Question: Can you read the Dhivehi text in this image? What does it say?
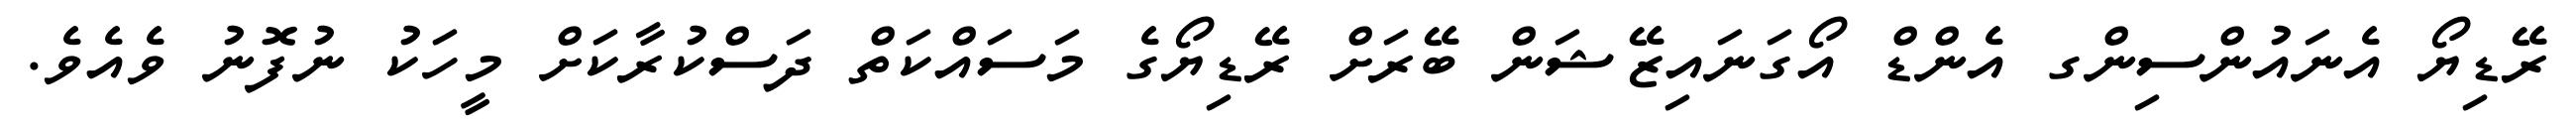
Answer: ރޭޑިޔޯ އެނައުންސިންގ އެންޑް އޯގަނައިޒޭޝަން ބޭރަށް ރޭޑިޔޯގެ މަސައްކަތް ދަސްކުރާކަށް މީހަކު ނުފޮނު ވެއެވެ.